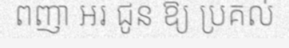
ពញា អរ ជូន ឱ្យ ប្រគល់